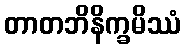
တာတဘိနိက္ခမိဿံ